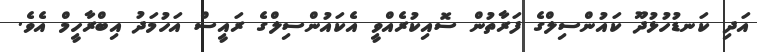
އަދި ކަނޑުހުޅުދޫ ކައުންސިލްގެ ފަރާތުން ސޮއިކުރެއްވީ އެކައުންސިލްގެ ރައީސް އަހުމަދު އިބްރާހީމް އެވެ.